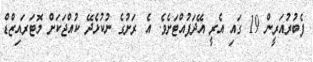
ފެބުރުއަރީން 19 ގައި އެރީ އޭދަފުއްޓަށެވެ. އެ ރަށުގެ ނުކުޅެދޭ ކުއްޖަކަށް މޮޓަރައިޒްޑް